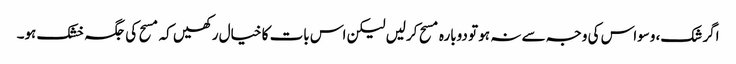
اگر شک، وسواس کی وجہ سے نہ ہو تو دوبارہ مسح کرلیں لیکن اس بات کا خیال رکھیں کہ مسح کی جگہ خشک ہو۔